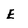
Character: E